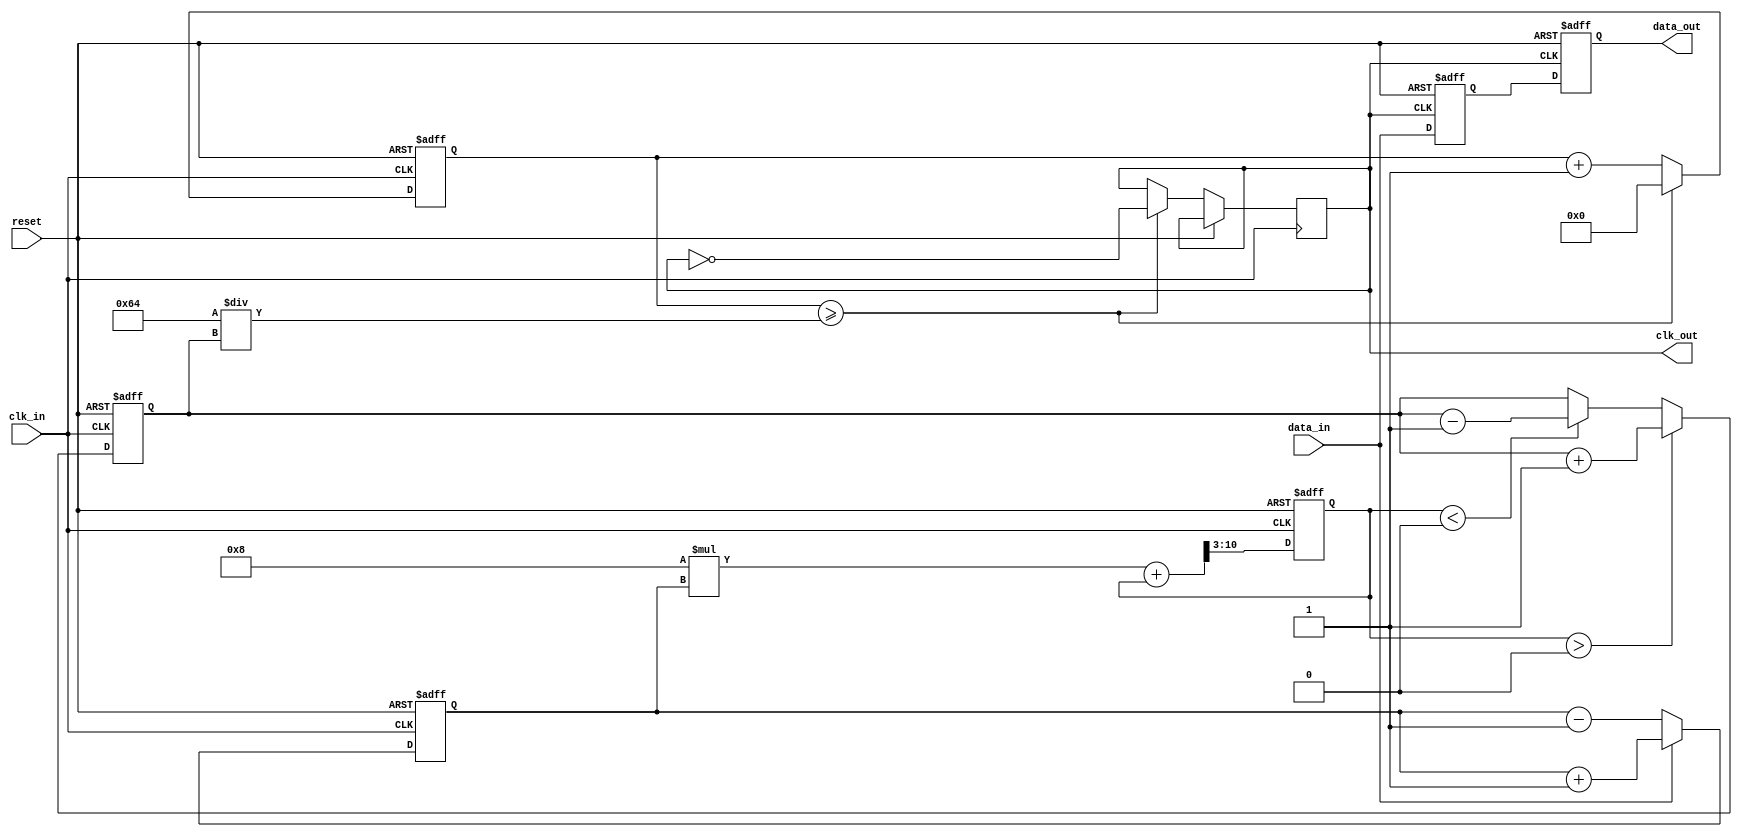
module PLL (
    input wire clk_in,            // Incoming data clock
    input wire data_in,           // Incoming data signal
    input wire reset,             // Reset signal
    output reg clk_out,           // Output clock signal
    output reg data_out           // Synchronized data output
);

    // Parameters for the loop filter
    parameter FILTER_GAIN = 8;    // Gain for the loop filter
    parameter VCO_MAX_FREQ = 100;  // Maximum frequency of VCO
    parameter VCO_MIN_FREQ = 10;   // Minimum frequency of VCO

    // Internal signals
    reg [7:0] phase_error;         // Phase error signal from PD
    reg [7:0] filtered_error;      // Filtered error signal
    reg [7:0] vco_output;          // VCO output frequency
    reg [7:0] vco_counter;         // VCO counter for clock generation
    reg [7:0] memory_buffer;       // Memory buffer for data synchronization

    // Phase Detector (PD)
    always @(posedge clk_in or posedge reset) begin
        if (reset) begin
            phase_error <= 0;
        end else begin
            // Simple phase comparison (for demonstration)
            if (data_in) begin
                phase_error <= phase_error + 1; // Increment if data is high
            end else begin
                phase_error <= phase_error - 1; // Decrement if data is low
            end
        end
    end

    // Loop Filter (LF)
    always @(posedge clk_in or posedge reset) begin
        if (reset) begin
            filtered_error <= 0;
        end else begin
            // Simple low-pass filter (first-order)
            filtered_error <= (FILTER_GAIN * phase_error + filtered_error) >> 3; // Adjust gain and smoothing
        end
    end

    // Voltage-Controlled Oscillator (VCO)
    always @(posedge clk_in or posedge reset) begin
        if (reset) begin
            vco_output <= VCO_MIN_FREQ;
            vco_counter <= 0;
        end else begin
            // Adjust VCO frequency based on filtered error
            if (filtered_error > 0) begin
                vco_output <= vco_output + 1; // Increase frequency
            end else if (filtered_error < 0) begin
                vco_output <= vco_output - 1; // Decrease frequency
            end

            // Generate clock output based on VCO output frequency
            if (vco_counter >= (100 / vco_output)) begin // Adjust the divisor based on VCO output
                clk_out <= ~clk_out; // Toggle clock output
                vco_counter <= 0;
            end else begin
                vco_counter <= vco_counter + 1;
            end
        end
    end

    // Memory Block for Data Synchronization
    always @(posedge clk_out or posedge reset) begin
        if (reset) begin
            memory_buffer <= 0;
            data_out <= 0;
        end else begin
            memory_buffer <= data_in; // Capture incoming data
            data_out <= memory_buffer; // Output synchronized data
        end
    end

endmodule